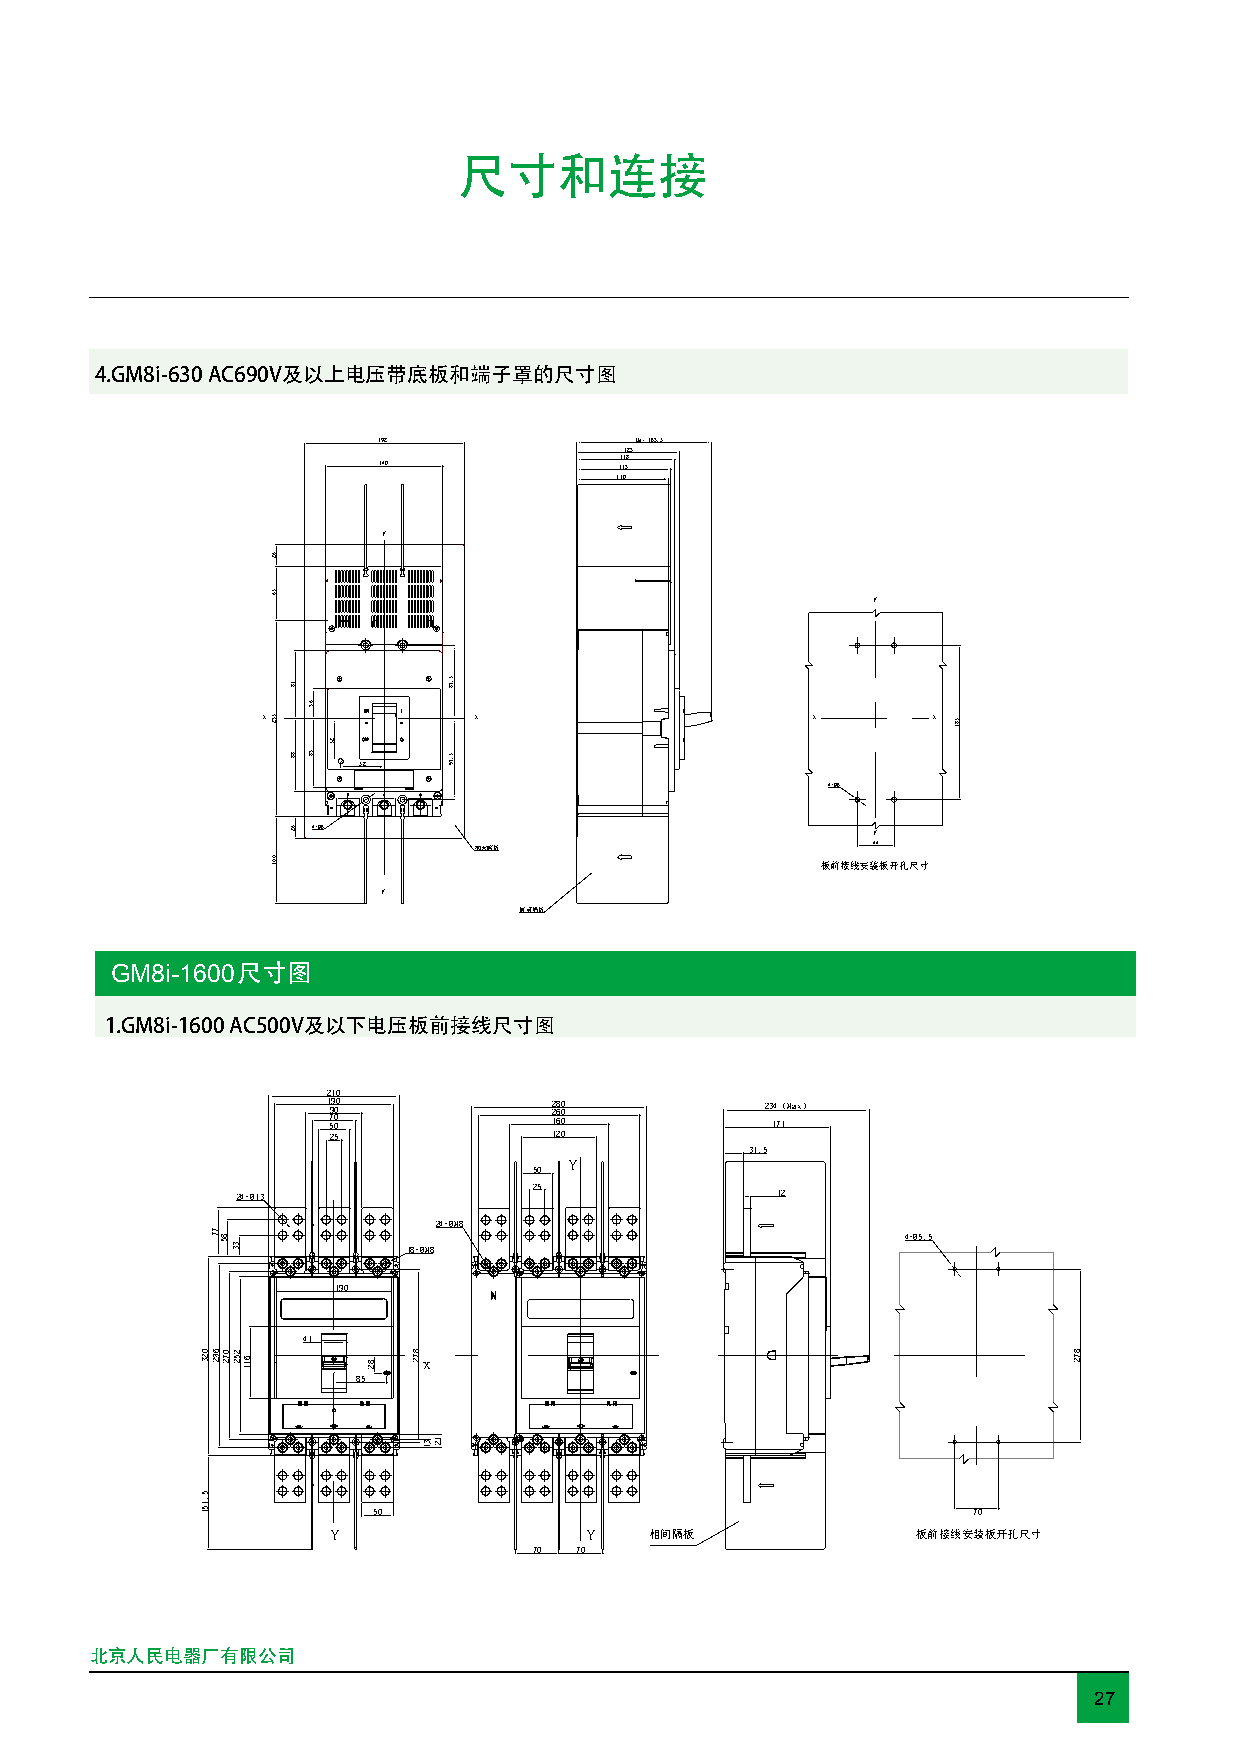
尺寸和连接
 4.GM8i-630 AC690V及以上电压带底板和端子罩的尺寸图
 192              Max 163.5
 123
 118
 140             113
 110
 Y
 Y
 x             x                      x       x
 52
 4-Ø6
 4-Ø6                                 Y
 加大底板                       44
 板前接线安装板开孔尺寸
 Y
 相间隔板
 GM8i-1600尺寸图
 1.GM8i-1600 AC500V及以下电压板前接线尺寸图
 210
 1
 7
 599
 0
 000            122 668 000   23 14 7（ 1Max）
 25             120
 31.5
 Y
 50
 25
 24-Ø13                             12
 24-ØM8
 4-Ø5.5
 18-ØM8
 190
 41
 x
 85
 50                                     70
 Y                Y   相间隔板              板前接线安装板开孔尺寸
 70 70
 北京人民电器厂有限公司
 27
 023
 5.151
 77
 692
 85
 072
 33
 252 611
 62
 56
 532
 001
 18
 88
 62
 63
 38
 25
 82 872
 31 12
 5.78
 5.79
 581
 872